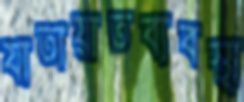
যাতায়াতব্যবস্থা